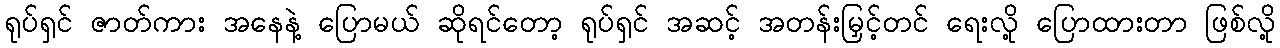
ရုပ်ရှင် ဇာတ်ကား အနေနဲ့ ပြောမယ် ဆိုရင်တော့ ရုပ်ရှင် အဆင့် အတန်းမြှင့်တင် ရေးလို့ ပြောထားတာ ဖြစ်လို့